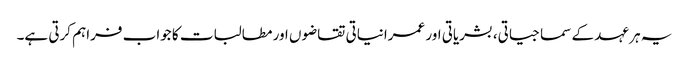
یہ ہر عہد کے سماجیاتی، بشریاتی اور عمرانیاتی تقاضوں اور مطالبات کا جواب فراہم کرتی ہے۔